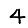
Digit: 4